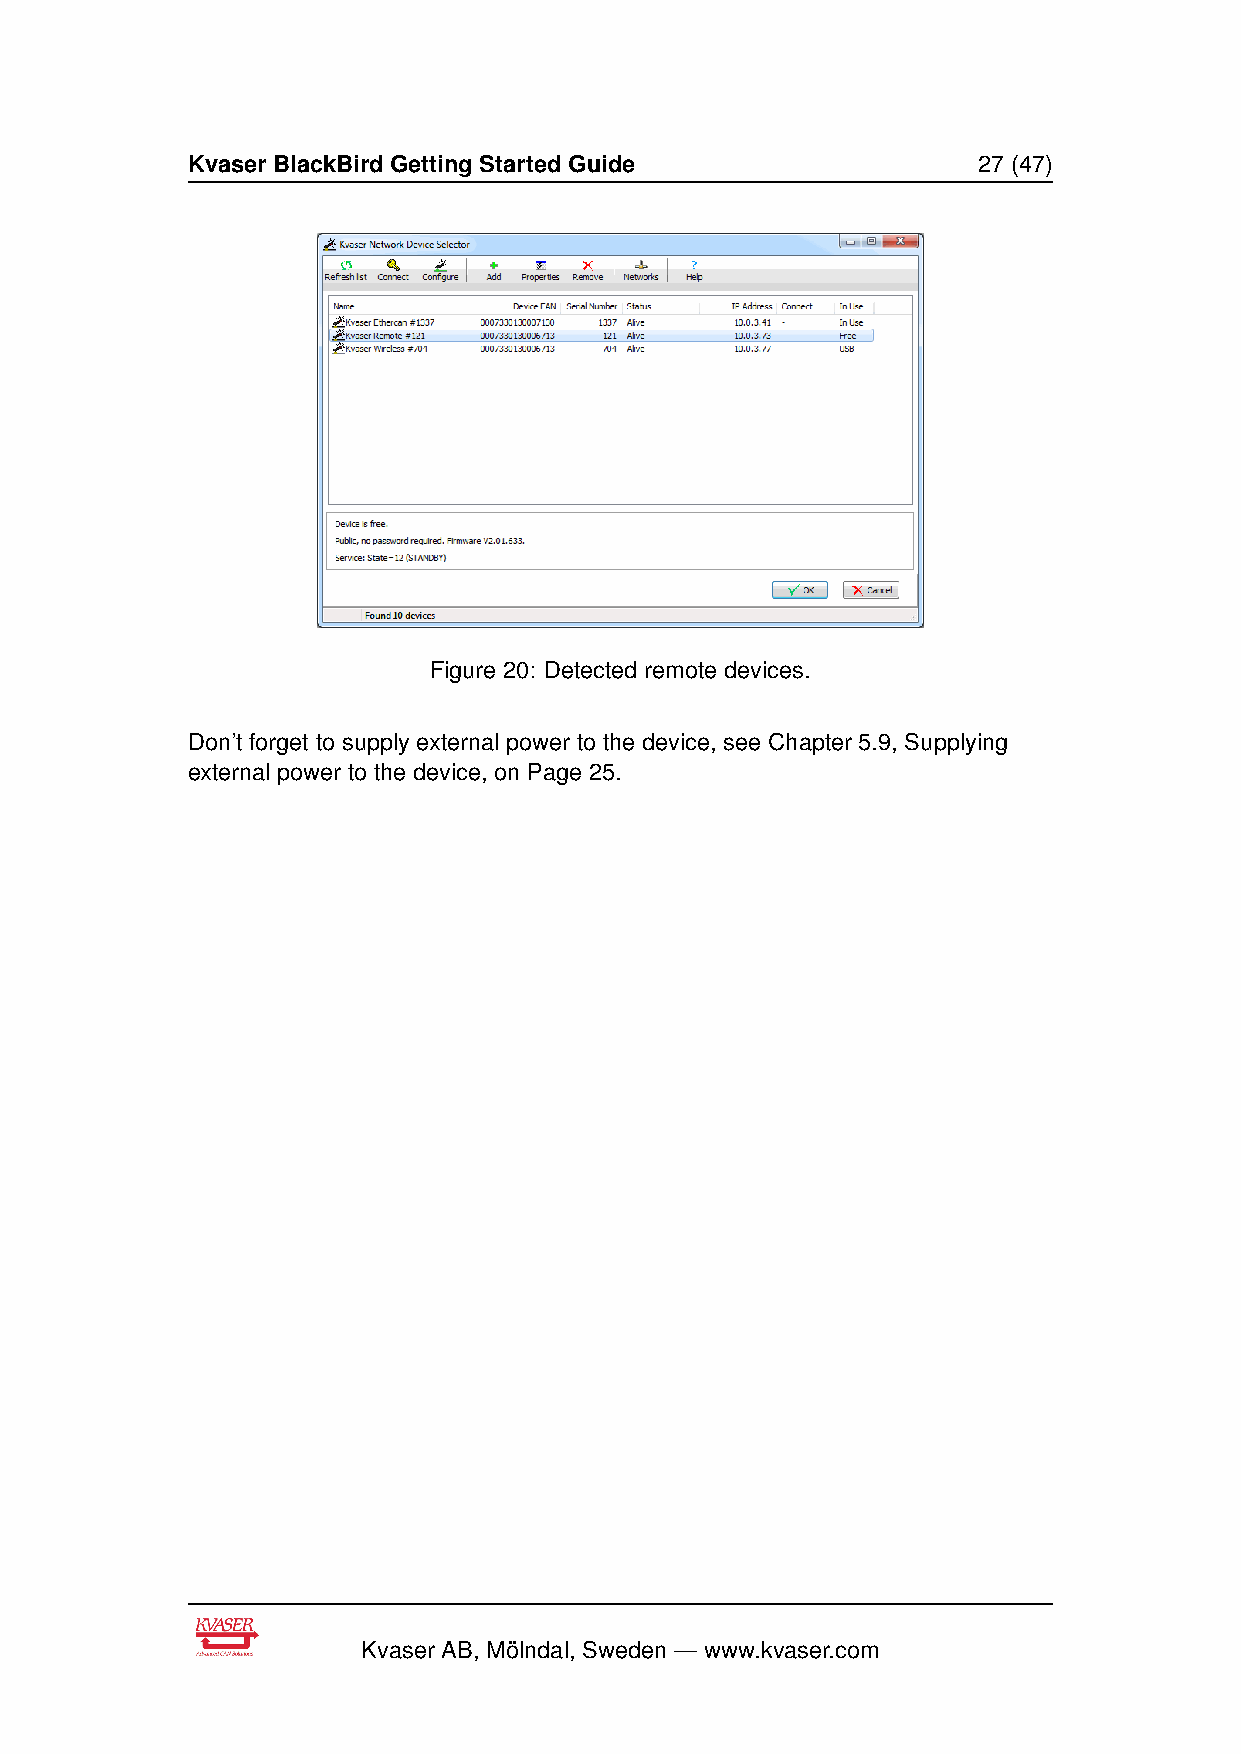
Kvaser BlackBird Getting Started Guide               27 (47)
 Figure 20: Detected remote devices.
 Don’t forget to supply external power to the device, see Chapter 5.9, Supplying
 external power to the device, on Page 25.
 Kvaser AB, Mölndal, Sweden — www.kvaser.com